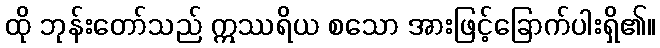
ထို ဘုန်းတော်သည် ဣဿရိယ စသော အားဖြင့်ခြောက်ပါးရှိ၏။